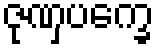
ဇုဏှပက္ခေ